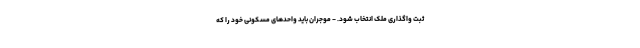
ثبت واگذاری ملک انتخاب شود. - موجران باید واحدهای مسکونی خود را که